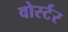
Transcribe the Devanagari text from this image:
वोर्स्टर